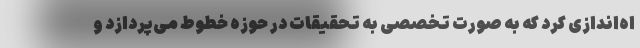
اه‌اندازی کرد که به صورت تخصصی به تحقیقات در حوزه خطوط می‌پردازد و